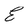
Character: E